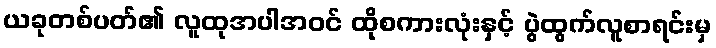
ယခုတစ်ပတ်၏ လူထုအပါအဝင် ထိုစကားလုံးနှင့် ပွဲထွက်လူစာရင်းမှ